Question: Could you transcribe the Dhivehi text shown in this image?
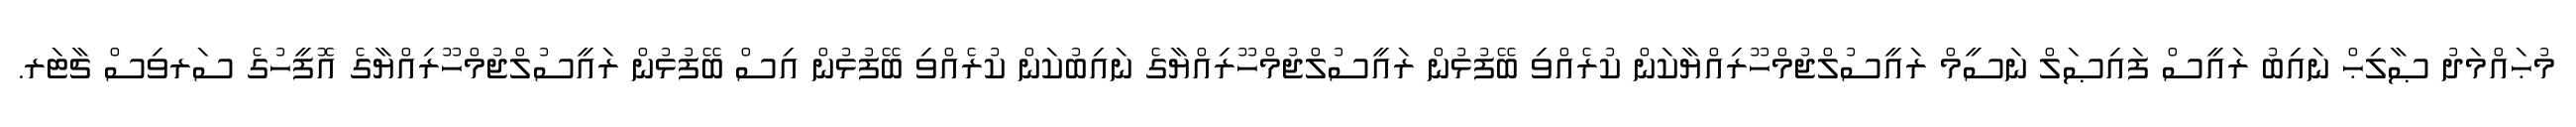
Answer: މުޙައްމަދު ޞާލިޙް ނައިބު ރައީސް ފައިޞަލް ނަސީމް ރައީސުލްޖުމްހޫރިއްޔާކަން ކުރެއްވި ބޭފުޅުން ރައީސުލްޖުމްހޫރިއްޔާގެ ނައިބުކަން ކުރެއްވި ބޭފުޅުން އިސް ބޭފުޅުން ރައީސުލްޖުމްހޫރިއްޔާގެ އޮފީހުގެ ސަރވިސް ޗާޓަރ.